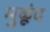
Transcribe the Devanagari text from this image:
मुळूंद